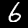
Digit: 6